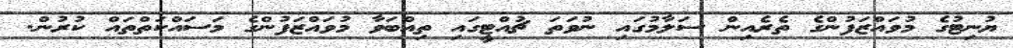
ޔުނިޓުގެ މުވައްޒަފުންގެ ތެރެއިން ސަލާމުގައި ނުވަތަ ޗުއްޓީގައި ތިއްބަވާ މުވައްޒަފުންގެ މަސައްކަތްތައް ކުރުން.